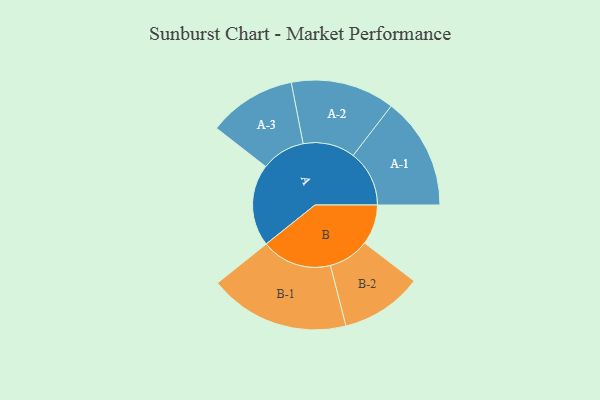
{"axis": {"x": "Segment", "y": "Value"}, "legend": ["", "A", "B"], "data": [{"x": "A", "y": 317, "type": ""}, {"x": "B", "y": 155, "type": ""}, {"x": "A-1", "y": 217, "type": "A"}, {"x": "A-2", "y": 201, "type": "A"}, {"x": "A-3", "y": 170, "type": "A"}, {"x": "B-1", "y": 272, "type": "B"}, {"x": "B-2", "y": 158, "type": "B"}]}